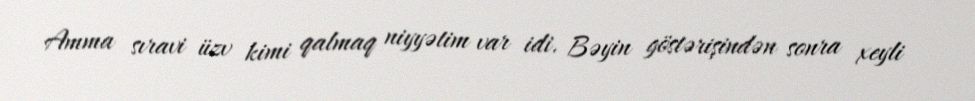
Amma sıravi üzv kimi qalmaq niyyətim var idi. Bəyin göstərişindən sonra xeyli